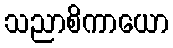
သညာစိကာယော